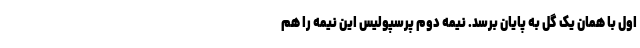
اول با همان یک گل به پایان برسد. نیمه دوم پرسپولیس این نیمه را هم